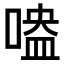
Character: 𠹃